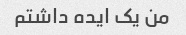
من یک ایده داشتم